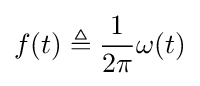
f(t)\triangleq {\frac {1}{2\pi }}\omega (t)